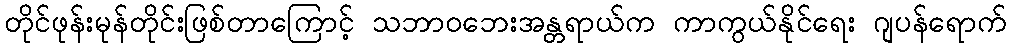
တိုင်ဖုန်းမုန်တိုင်းဖြစ်တာကြောင့် သဘာဝဘေးအန္တရာယ်က ကာကွယ်နိုင်ရေး ဂျပန်ရောက်